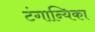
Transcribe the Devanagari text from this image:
टंगान्यिका